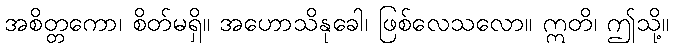
အစိတ္တကော၊ စိတ်မရှိ။ အဟောသိနုခေါ၊ ဖြစ်လေသလော။ ဣတိ၊ ဤသို့။